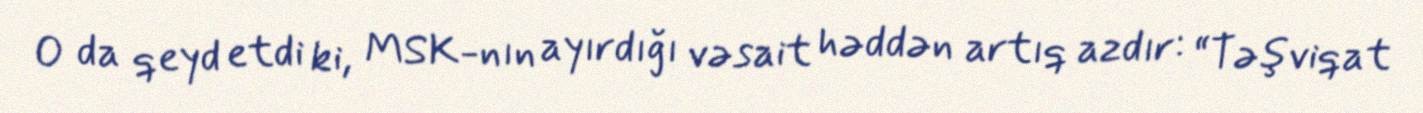
O da qeyd etdi ki, MSK-nın ayırdığı vəsait həddən artıq azdır: “Təşviqat